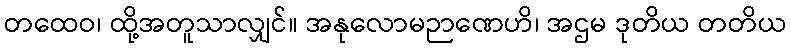
တထေဝ၊ ထို့အတူသာလျှင်။ အနုလောမဉာဏေဟိ၊ အဌမ ဒုတိယ တတိယ